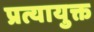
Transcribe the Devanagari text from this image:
प्रत्यायुक्त